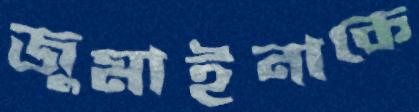
জুমাইনাকে